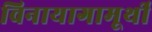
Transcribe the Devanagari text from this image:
विनायागामूर्थी